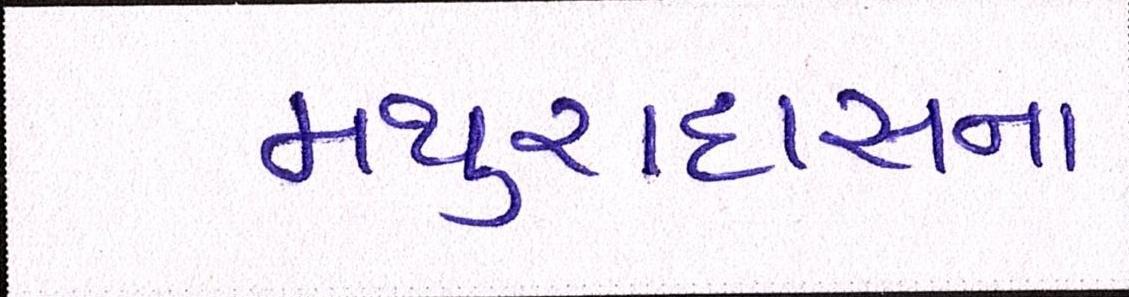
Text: મથુરાદાસના